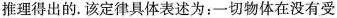
推理得出的。该定律具体表述为：一切物体在没有受